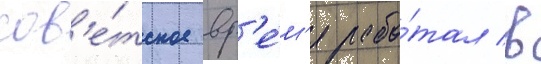
сов'е́тское вр'е́м'я рабо́тал в